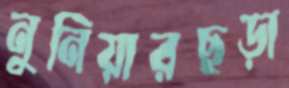
নুনিয়ারছড়া